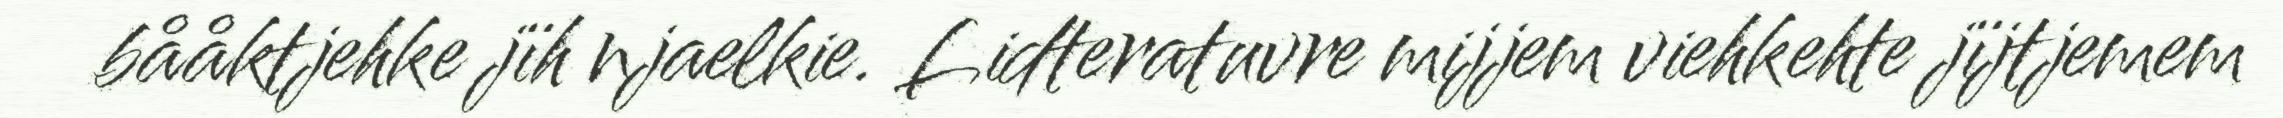
bååktjehke jïh njaelkie. Lidteratuvre mijjem viehkehte jïjtjemem